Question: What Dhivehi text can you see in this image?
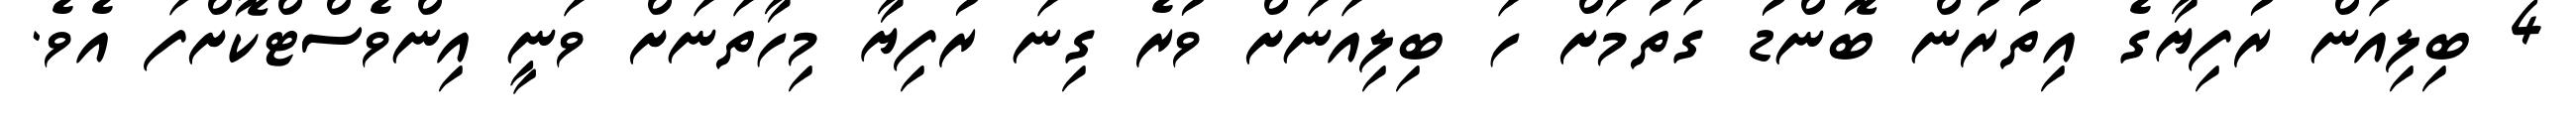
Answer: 4 ބިލިއަން ރުފިޔާގެ އިތުރުން ބޮންޑު ގަތުމަށް ހަ ބިލިއަނަށް ވުރެ ގިނަ ރުފިޔާ މިހާތަނަށް ވަނީ އިންވެސްޓްކޮށްފަ އެވެ.